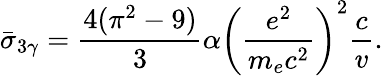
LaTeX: \bar{\sigma}_{3\gamma}={\frac{4(\pi^{2}-9)}{3}}\alpha\left(\frac{e^{2}}{m_{e}c^{2}}\right)^{2}{\frac{c}{v}}.